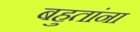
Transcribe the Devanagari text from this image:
बहुतांना